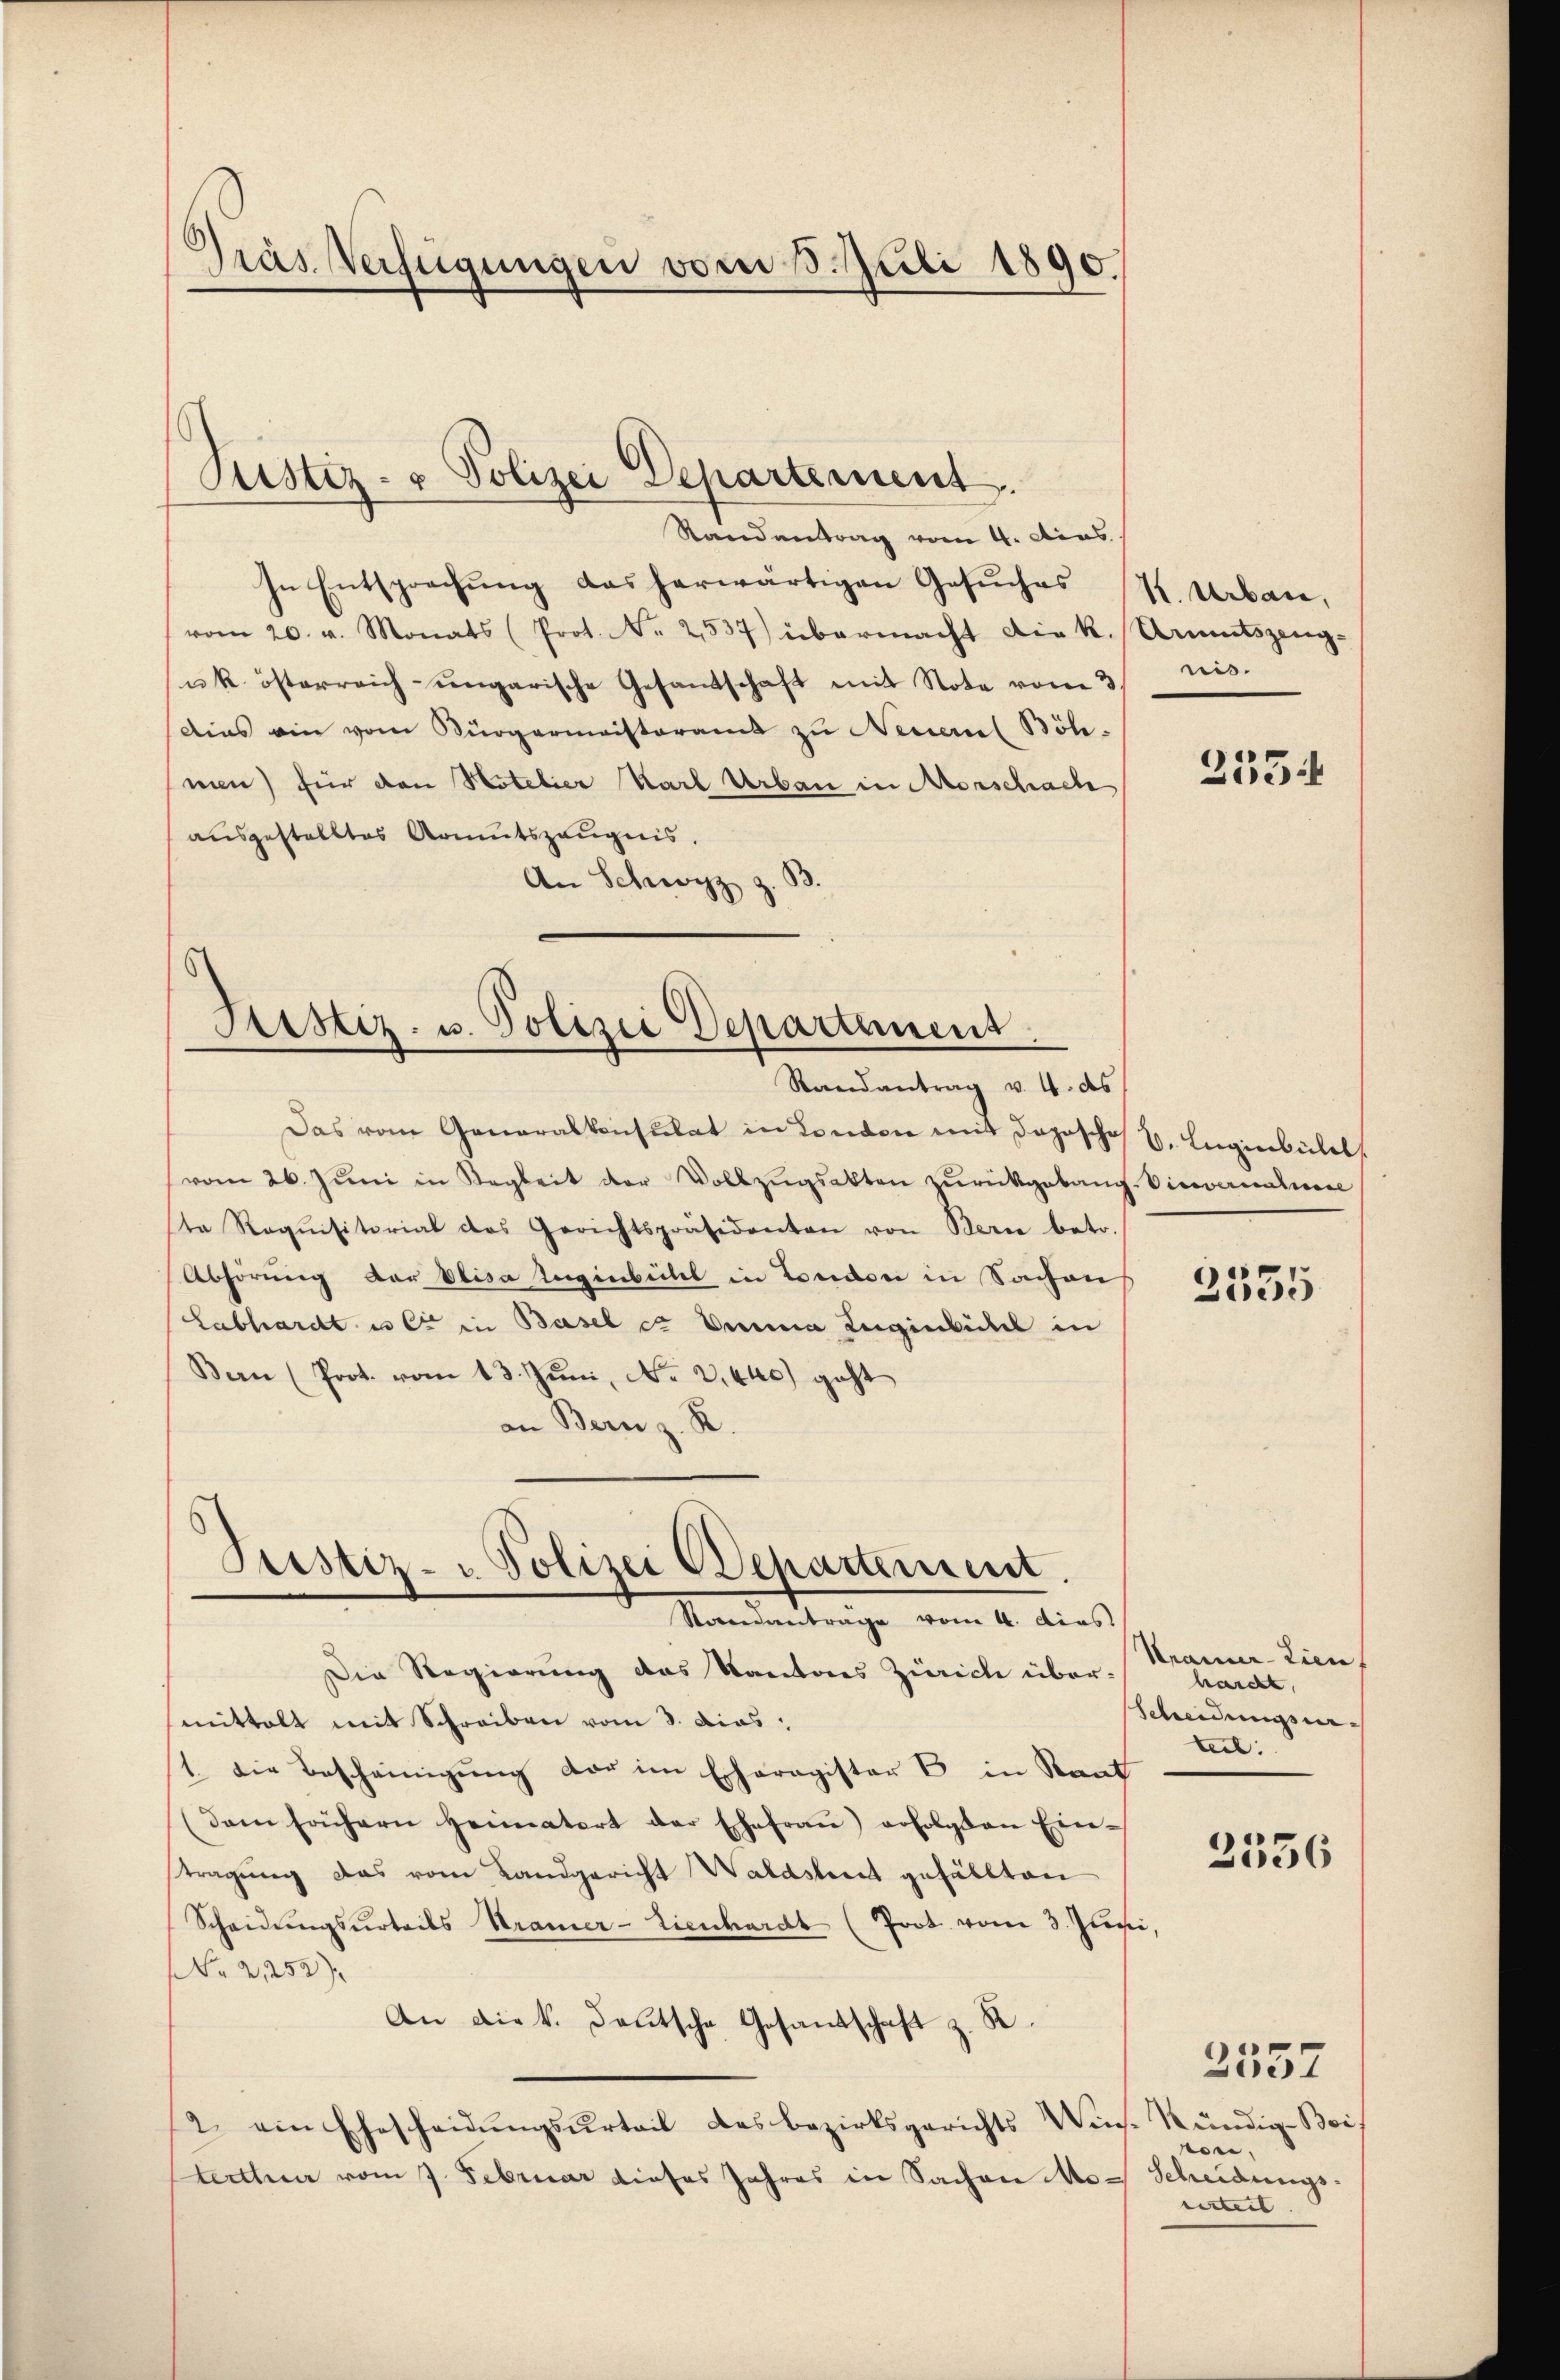
Präs. Verfügungen vom 5. Juli 1890.

Randantrag vom 4. dies
In Entsprechŭng das herwärtigen Gesŭches K. Urbare,
vom 20. v. Monats (Prot. N. 2537) übermacht die k. Amtszeug-
uk. österreich ungarische Gesandschaft mit Note vom 3/
dies ein vom Bürgermeisteramt zu Neuern Böh-
men) für den Notelier Karl Urban in Morschach
ausgestelltes Armutszeugnis.
An Schwyz z.

Das vom Generalkonsulat in London mit doposche B. Lugierbühel
vom 26. Jŭni in Sagkeit der Vollzŭgsakten zŭrückgebang. Vinvernahme
ste Requisitorial des Gerichtspräsidenten von Bern betr.
Abhörung der Elisa Tugenbühl in London in Sachens
Labhardt u es in Basel et Oma Zugenbüchel in
Bern (Prot. vom 13. Juni, No 2,440) geht
an Bern z. R.
Die Regierung des Kantons Zürich über-
mittelt mit Schreiben vom 3. dies
1. Die Bescheinigung der im Erharagister B. in Raut
(dem frühern Heimatort der Ehefraŭ) erfolgten Ein-
tragung das vom Landgericht Waldstreit gefällten
Scheidungsurteils Stramer-Lienhardt (Prot vom 3. Jun
NNo. 2,252).
An die k. Deutsche Gesandschaft z. B.
2 ein Ehescheidŭngsŭrteil des bezirksgerichts Wins-
terthur vom 7. Februar dieses Jahres in Sachen Mo¬

Justiz- & Polizei Departement

Astiz- u. Polizei Departement
Randantrag v. 4. ds

Justiz- u Polizei Departement.
Saandanträge vom 4. dies

nis.

2554

2335

Kramer-Zienf
harcht
Sendungsra
tel:

2536

kündige Bei
von.
Scheidungs-
rirteit |

2357